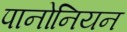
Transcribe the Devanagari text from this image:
पानोनियन